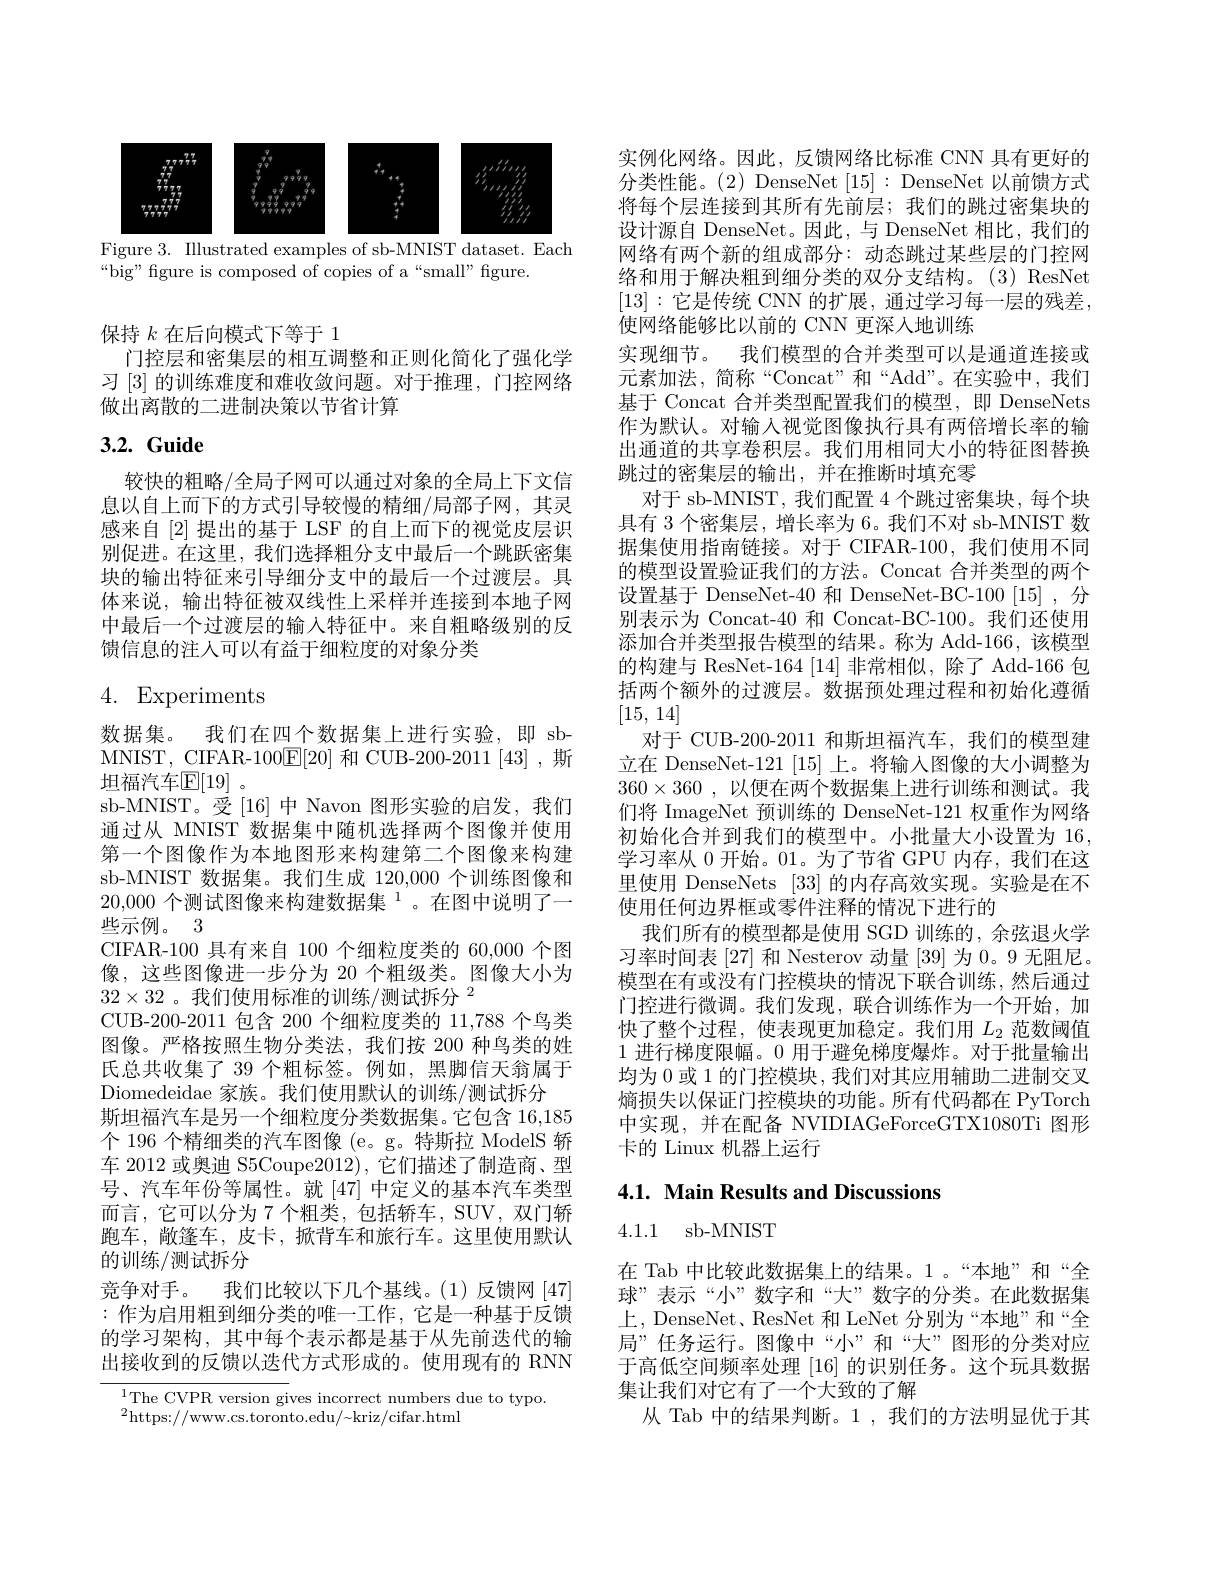
<FigureHere>
Figure 3. Illustrated examples of sb-MNIST dataset. Each

“big” figure is composed of copies of a“small” figure.

保持$k$在后向模式下等于 1
门控层和密集层的相互调整和正则化简化了强化学习[3]的训练难度和难收敛问题。对于推理，门控网络做出离散的二进制决策以节省计算

## 3.2. Guide

较快的粗略/全局子网可以通过对象的全局上下文信息以自上而下的方式引导较慢的精细/局部子网，其灵感来自[2]提出的基于 LSF 的自上而下的视觉皮层识别促进。在这里，我们选择粗分支中最后一个跳跃密集块的输出特征来引导细分支中的最后一个过渡层。具体来说，输出特征被双线性上采样并连接到本地子网中最后一个过渡层的输入特征中。来自粗略级别的反馈信息的注人可以有益于细粒度的对象分类

4. Experiments

数据集。我们在四个数据集上进行实验，即 sbMNIST, CIFAR-100$\underline{\mathrm{E}}[20]$和 CUB-200-2011[43],斯坦福汽车$\mathbb{E}[19]$。
sb-MNIST。受[16]中 Navon 图形实验的启发，我们通过从 MNIST 数据集中随机选择两个图像并使用第一个图像作为本地图形来构建第二个图像来构建sb-MNIST 数据集。我们生成 120,000 个训练图像和$20,000\text{ 个测试图像来构建数据集 }^{1}$。在图中说明了一些示例。3
CIFAR-100 具有来自 100 个细粒度类的 60,000 个图像，这些图像进一步分为 20 个粗级类。图像大小为$32\times 32$ 。我 们 使 用 标 准 的 训 练 $/ \text{测 试 拆 分 }^2$
CUB-200-2011 包含 200 个细粒度类的 11,788 个鸟类图像。严格按照生物分类法，我们按 200 种鸟类的姓氏总共收集了 39 个粗标签。例如，黑脚信天翁属于Diomedeidae 家族。我们使用默认的训练/测试拆分
斯坦福汽车是另一个细粒度分类数据集。它包含 16,185个 196 个精细类的汽车图像 (e。g。特斯拉 ModelS 轿车 2012 或奥迪 S5Coupe2012), 它们描述了制造商、型号、汽车年份等属性。就[47]中定义的基本汽车类型而言，它可以分为 7 个粗类，包括轿车，SUV, 双门轿跑车，敞篷车，皮卡，掀背车和旅行车。这里使用默认的训练/测试拆分
竞争对手。我们比较以下几个基线。(1)反馈网[47] :作为启用粗到细分类的唯一工作，它是一种基于反馈的学习架构，其中每个表示都是基于从先前迭代的输出接收到的反馈以迭代方式形成的。使用现有的 RNN

$^{1}$The CVPR version gives incorrect numbers due to typo.
$^{2}$https://www.cs.toronto.edu/~kriz/cifar.html

实例化网络。因此，反馈网络比标准 CNN 具有更好的分类性能。(2) DenseNet[15]: DenseNet 以前馈方式将每个层连接到其所有先前层；我们的跳过密集块的设计源自 DenseNet。因此，与 DenseNet 相比，我们的网络有两个新的组成部分：动态跳过某些层的门控网络和用于解决粗到细分类的双分支结构。(3) ResNet [13]:它是传统 CNN 的扩展，通过学习每一层的残差， 使网络能够比以前的 CNN 更深入地训练
实现细节。我们模型的合并类型可以是通道连接或元素加法，简称“Concat”和“Add”。在实验中，我们基于 Concat 合并类型配置我们的模型，即 DenseNets 作为默认。对输入视觉图像执行具有两倍增长率的输出通道的共享卷积层。我们用相同大小的特征图替换跳过的密集层的输出，并在推断时填充零
对于 sb-MNIST, 我们配置 4 个跳过密集块，每个块具有 3 个密集层，增长率为 6。我们不对 sb-MNIST 数据集使用指南链接。对于 CIFAR-100,我们使用不同的模型设置验证我们的方法。Concat 合并类型的两个设置基于 DenseNet-40 和 DenseNet-BC-100[15],分别表示为 Concat-40 和 Concat-BC-100。我们还使用添加合并类型报告模型的结果。称为 Add-166, 该模型的构建与 ResNet-164[14]非常相似，除了 Add-166包括两个额外的过渡层。数据预处理过程和初始化遵循[15, 14]
对于 CUB-200-2011 和斯坦福汽车，我们的模型建立在 DenseNet-121 [15] 上。将输入图像的大小调整为$360\times 360$ , 以便在两个数据集上进行训练和测试。我们将 ImageNet 预训练的 DenseNet-121 权重作为网络初始化合并到我们的模型中。小批量大小设置为 16, 学习率从 0 开始。01。为了节省 GPU 内存，我们在这里使用 DenseNets [33] 的内存高效实现。实验是在不使用任何边界框或零件注释的情况下进行的
我们所有的模型都是使用 SGD 训练的，余弦退火学习率时间表[27] 和 Nesterov 动量 [39] 为 0。9 无阻尼。模型在有或没有门控模块的情况下联合训练，然后通过门控进行微调。我们发现，联合训练作为一个开始，加快了整个过程，使表现更加稳定。我们用$L_{2}$范数阈值1 进行梯度限幅。0 用于避免梯度爆炸。对于批量输出均为 0 或 1 的门控模块，我们对其应用辅助二进制交叉熵损失以保证门控模块的功能。所有代码都在 PyTorch 中实现，并在配备 NVIDIAGeForceGTX1080Ti 图形卡的 Linux 机器上运行

# 4.1. Main Results and Discussions

4.1.1 sb-MNIST

在 Tab 中比较此数据集上的结果。1。“本地”和“全球”表示“小”数字和“大”数字的分类。在此数据集上，DenseNet、ResNet 和 LeNet 分别为“本地”和“全局”任务运行。图像中“小”和“大”图形的分类对应于高低空间频率处理[16]的识别任务。这个玩具数据集让我们对它有了一个大致的了解
从 Tab 中的结果判断。1 ,我们的方法明显优于其